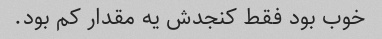
خوب بود فقط کنجدش یه مقدار کم بود.